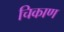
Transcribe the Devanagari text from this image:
चिकाण